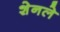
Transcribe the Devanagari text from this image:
शेनले